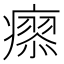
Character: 𤺟